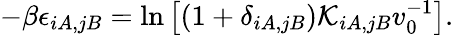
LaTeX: -\beta\epsilon_{iA,jB}=\ln\left[(1+\delta_{iA,jB})\mathcal{K}_{iA,jB}v_{0}^{-1}\right].